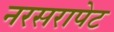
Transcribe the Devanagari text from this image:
नरसरापेट